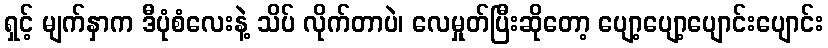
ရှင့် မျက်နှာက ဒီပုံစံလေးနဲ့ သိပ် လိုက်တာပဲ၊ လေမှုတ်ပြီးဆိုတော့ ပျော့ပျော့ပျောင်းပျောင်း